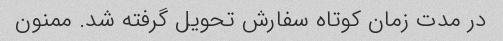
در مدت زمان کوتاه سفارش تحویل گرفته شد. ممنون